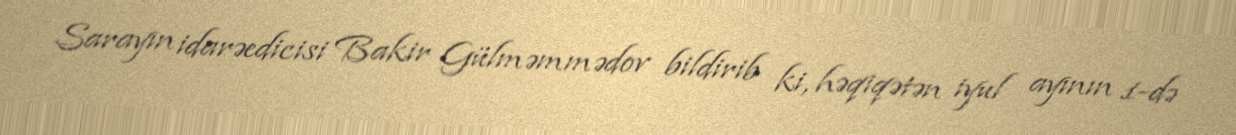
Sarayın idarəedicisi Bakir Gülməmmədov bildirib ki, həqiqətən iyul ayının 1-də